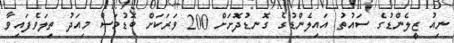
ނިއު ޒީލެންޑުގެ ސައުތު އައިލެންޑުގެ ގޮނޑުދޮށަށް 200 ވަރަކަށް ބޮޑުމަސް މިއަދު ތިލަވެފައިވާ